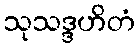
သုသဒ္ဒဟိတံ